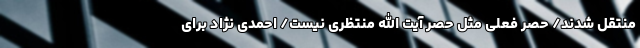
منتقل شدند/ حصر فعلی مثل حصر آیت الله منتظری نیست/ احمدی نژاد برای